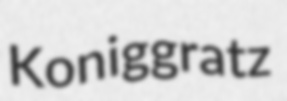
Koniggratz